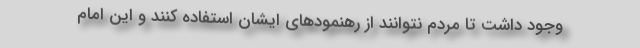
وجود داشت تا مردم نتوانند از رهنمودهای ایشان استفاده کنند و این امام